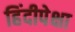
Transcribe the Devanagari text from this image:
हिंदीपेक्षा